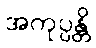
အကုပ္ပန္တိ